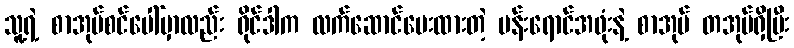
သူ့ရဲ့ စာအုပ်စင်ပေါ်မှာလည်း ရိုင်ဒါက လက်ဆောင်ပေးထားတဲ့ ပန်းရောင်အဖုံးနဲ့ စာအုပ် တအုပ်ရှိပြီး